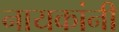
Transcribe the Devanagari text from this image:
नायकांनी